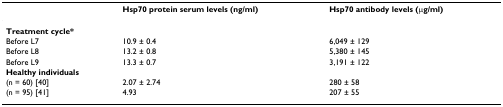
|  | Hsp70 protein serum levels (ng/ml) | Hsp70 antibody levels (μg/ml) |
 | --- | --- | --- |
 | Treatment cycle* |  |  |
 | Before L7 | 10.9 ± 0.4 | 6,049 ± 129 |
 | Before L8 | 13.2 ± 0.8 | 5,380 ± 145 |
 | Before L9 | 13.3 ± 0.7 | 3,191 ± 122 |
 | Healthy individuals |  |  |
 | (n = 60) [40] | 2.07 ± 2.74 | 280 ± 58 |
 | (n = 95) [41] | 4.93 | 207 ± 55 |